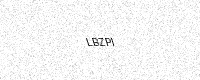
Text: LBZPI